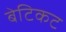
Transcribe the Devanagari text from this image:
बेटिकट